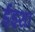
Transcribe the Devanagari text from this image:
ईइशा